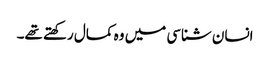
انسان شناسی میں وہ کمال رکھتے تھے۔